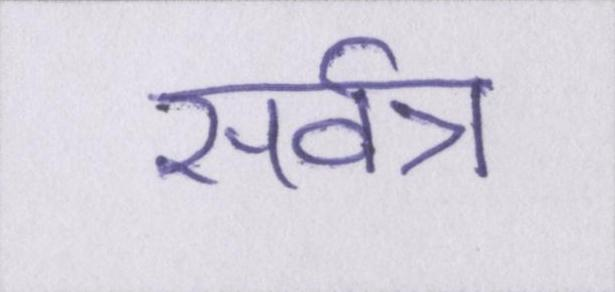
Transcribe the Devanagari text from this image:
सर्वत्र